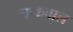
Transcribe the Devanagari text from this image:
चाकवाल